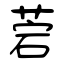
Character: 菪